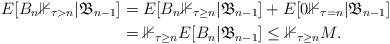
LaTeX: \begin{align*}E[B_n \mathbb{1}_{\tau> n} | \mathfrak{B}_{n-1}] &= E[B_n \mathbb{1}_{\tau\ge n} | \mathfrak{B}_{n-1}] + E[0 \mathbb{1}_{\tau= n} | \mathfrak{B}_{n-1}] \\&= \mathbb{1}_{\tau\ge n} E[B_n | \mathfrak{B}_{n-1}] \le\mathbb{1}_{\tau\ge n} M.\end{align*}